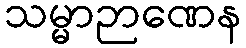
သမ္မာဉာဏေန